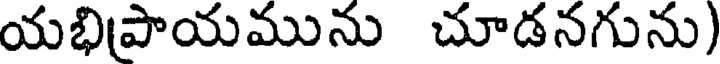
యభిపాయమును చూడనగును)